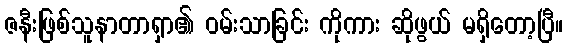
ဇနီးဖြစ်သူနာတာရှာ၏ ဝမ်းသာခြင်း ကိုကား ဆိုဖွယ် မရှိတော့ပြီ။